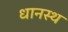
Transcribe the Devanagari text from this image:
धानस्थ